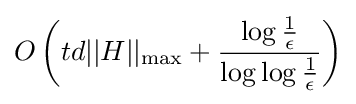
O\left(td||H||_{\rm {max}}+{\frac {\log {\frac {1}{\epsilon }}}{\log \log {\frac {1}{\epsilon }}}}\right)